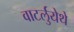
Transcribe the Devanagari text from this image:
वाटर्लुयेथे